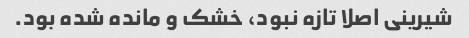
شیرینی اصلا تازه نبود، خشک و مانده شده بود.